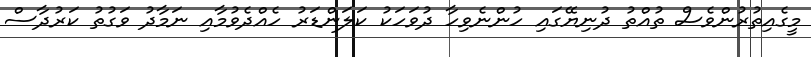
މީގެއިތުރުންވެސް ތުއްތު ދުނިޔޭގައި ހުންނެވިހާ ދުވަހަކު ކަލަންޑަރު ހެއްދެވުމާއި ނަމާދު ވަގުތު ކަރުދާސް